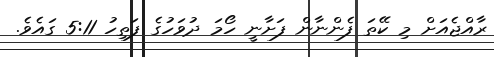
ރާއްޖެއަށް މި ކޭތަ ފެންނާން ފަށާނީ ހޯމަ ދުވަހުގެ ފަތިހު 5:11 ގައެވެ.